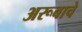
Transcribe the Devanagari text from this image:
अरूबाचे